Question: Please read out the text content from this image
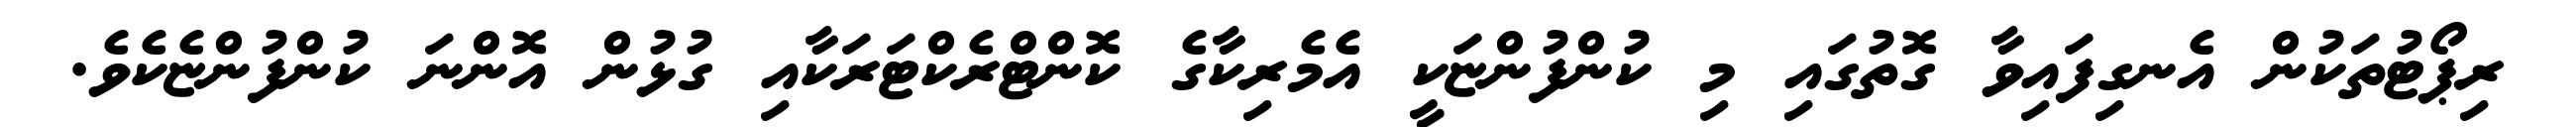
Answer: ރިޕޯޓުތަކުން އެނގިފައިވާ ގޮތުގައި މި ކުންފުންޏަކީ އެމެރިކާގެ ކޮންޓްރެކްޓަރަކާއި ގުޅުން އޮންނަ ކުންފުންޏެކެވެ.